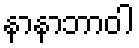
နာနာဘာဝါ